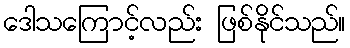
ဒေါသကြောင့်လည်း ဖြစ်နိုင်သည်။